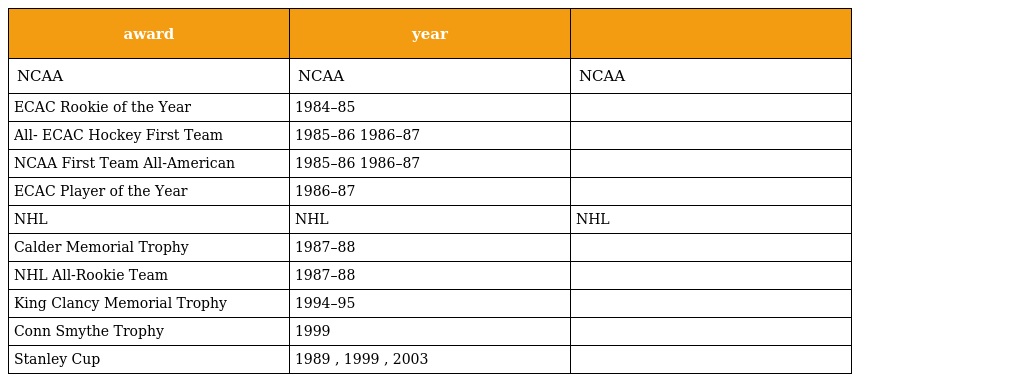
| award | year |  |
 | --- | --- | --- |
 | NCAA | NCAA | NCAA |
 | ECAC Rookie of the Year | 1984–85 |  |
 | All- ECAC Hockey First Team | 1985–86 1986–87 |  |
 | NCAA First Team All-American | 1985–86 1986–87 |  |
 | ECAC Player of the Year | 1986–87 |  |
 | NHL | NHL | NHL |
 | Calder Memorial Trophy | 1987–88 |  |
 | NHL All-Rookie Team | 1987–88 |  |
 | King Clancy Memorial Trophy | 1994–95 |  |
 | Conn Smythe Trophy | 1999 |  |
 | Stanley Cup | 1989 , 1999 , 2003 |  |